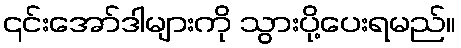
၎င်းအော်ဒါများကို သွားပို့ပေးရမည်။